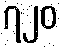
၇၂၀